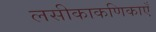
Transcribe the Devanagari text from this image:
लसीकाकणिकाएँ